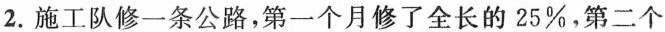
2.施工队修一条公路，第一个月修了全长的25%，第二个